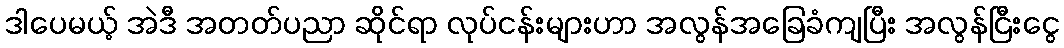
ဒါပေမယ့် အဲဒီ အတတ်ပညာ ဆိုင်ရာ လုပ်ငန်းများဟာ အလွန်အခြေခံကျပြီး အလွန်ငြီးငွေ